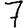
Digit: 7